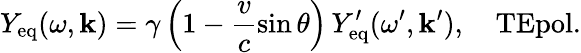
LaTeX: Y_{\mathrm{eq}}(\omega,\mathbf{k})=\gamma\left(1-\frac{v}{c}\sin\theta\right)\, Y_{\mathrm{eq}}^{\prime}(\omega^{\prime},\mathbf{k}^{\prime}),\quad\textrm{TEpol.}